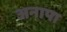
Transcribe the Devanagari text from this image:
अनापा